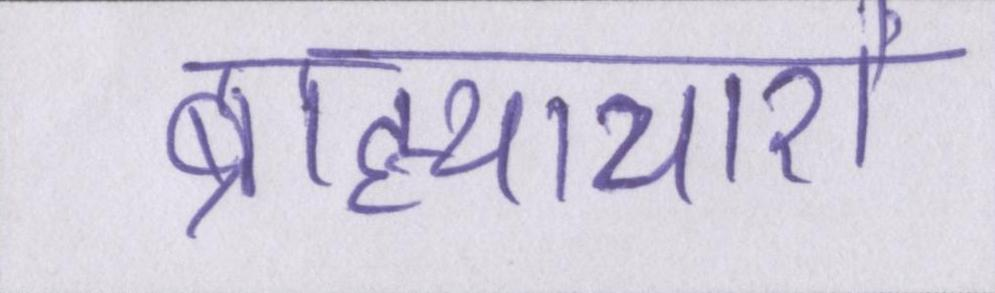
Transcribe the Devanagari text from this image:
ब्राह्याचारों